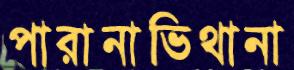
পারানাভিথানা